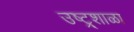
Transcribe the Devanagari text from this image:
उष्ट्र्शाळा